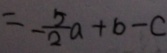
= - \frac { 5 } { 2 } a + b - c